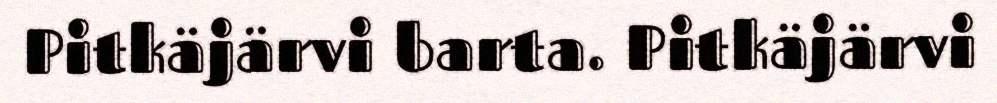
Pitkäjärvi barta. Pitkäjärvi